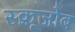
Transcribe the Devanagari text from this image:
स्क्रूजोब